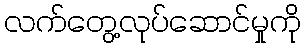
လက်တွေ့လုပ်ဆောင်မှုကို